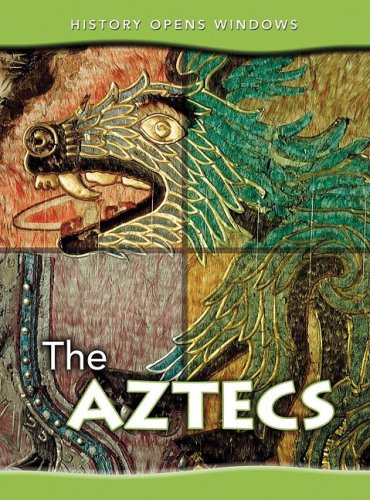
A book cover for The Aztecs (History Opens Windows); Jane Shuter; Children's Books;